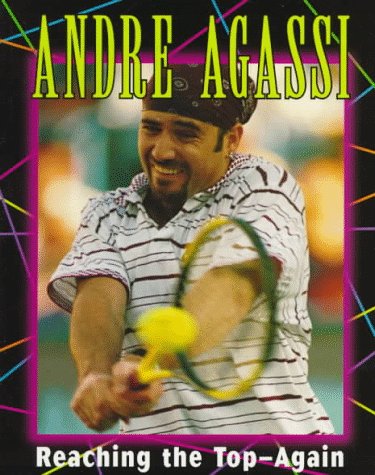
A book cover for Andre Agassi: Reaching the Top--Again (Sports Achievers Biographies); Jeff Savage; Children's Books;